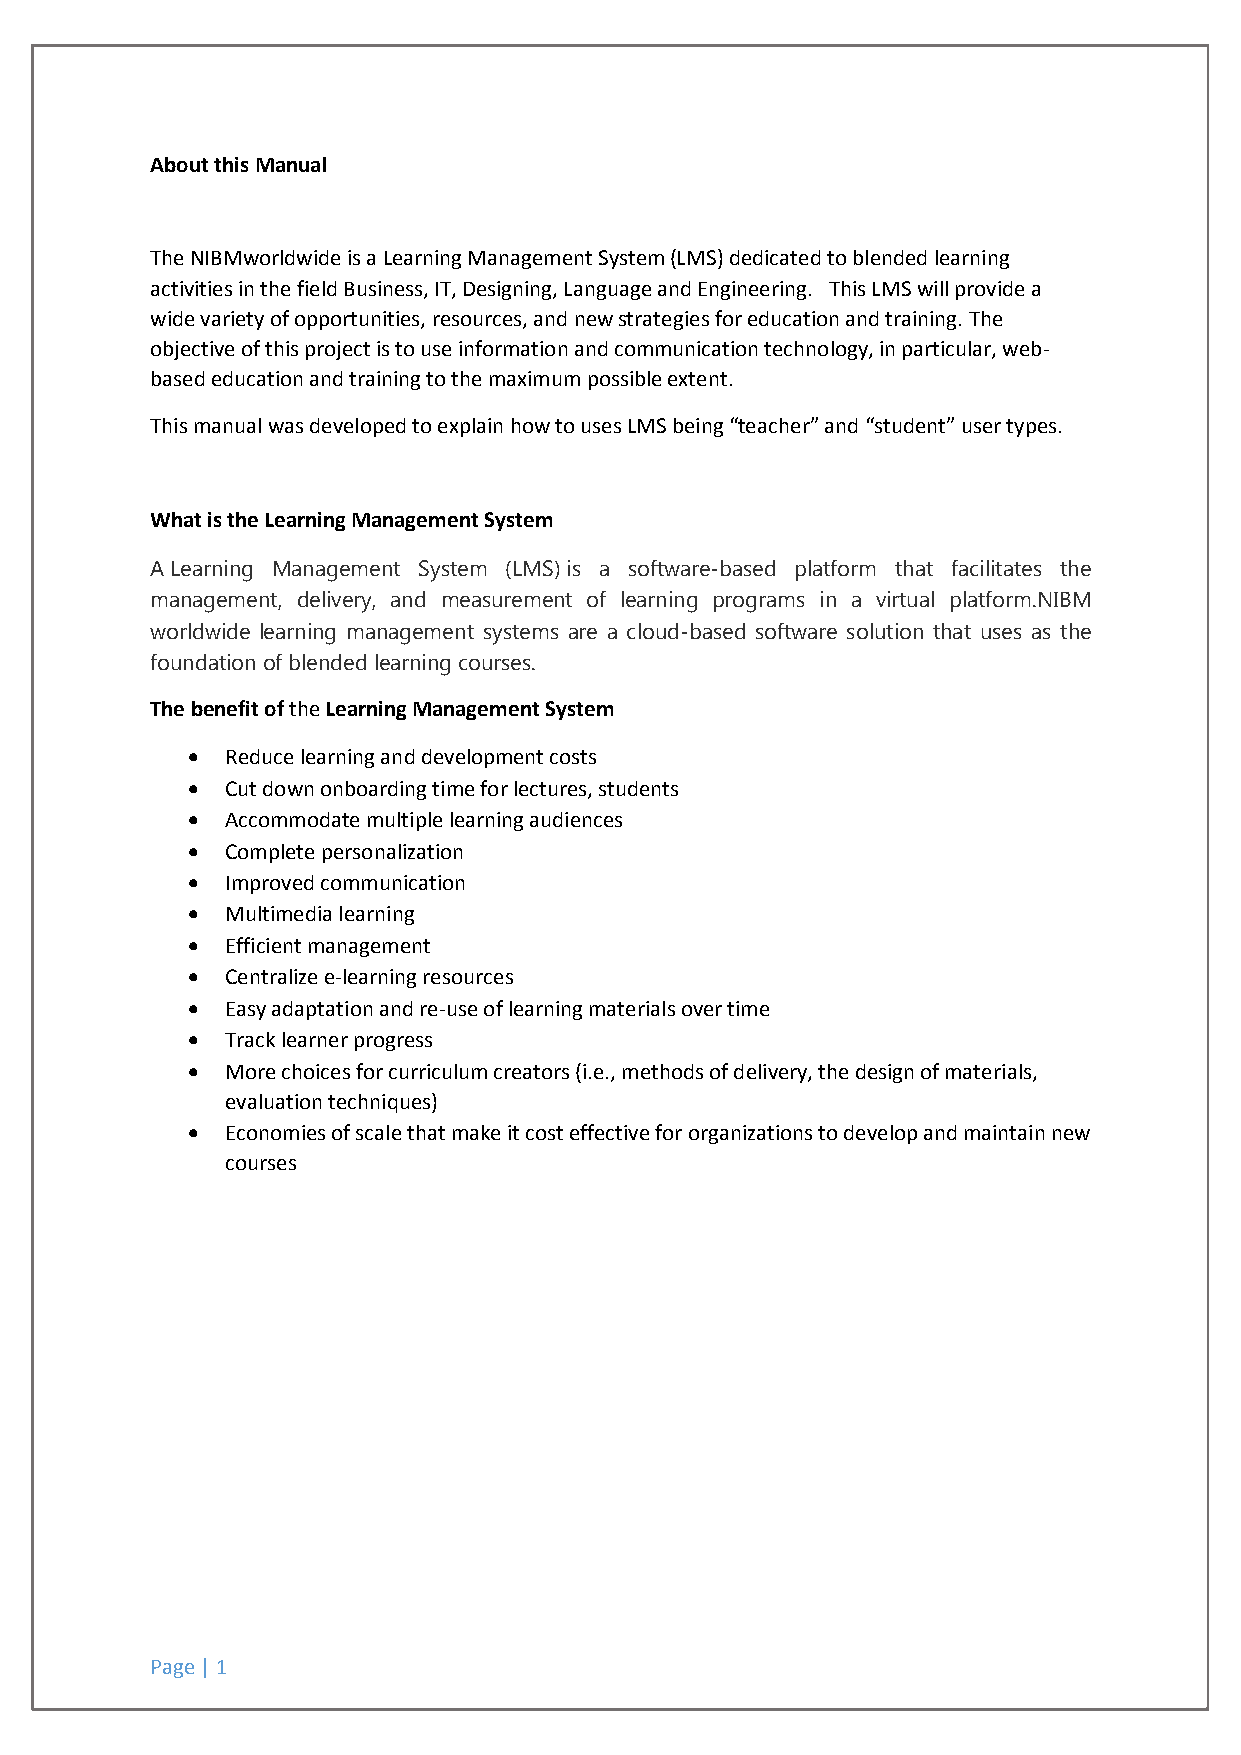
About this Manual
 The NIBMworldwide is a Learning Management System (LMS) dedicated to blended learning
 activities in the field Business, IT, Designing, Language and Engineering. This LMS will provide a
 wide variety of opportunities, resources, and new strategies for education and training. The
 objective of this project is to use information and communication technology, in particular, web-
 based education and training to the maximum possible extent.
 This manual was developed to explain how to uses LMS being “teacher” and “student” user types.
 What is the Learning Management System
 A Learning Management System (LMS) is a software-based platform that facilitates the
 management, delivery, and measurement of learning programs in a virtual platform.NIBM
 worldwide learning management systems are a cloud-based software solution that uses as the
 foundation of blended learning courses.
 The benefit of the Learning Management System
   Reduce learning and development costs
   Cut down onboarding time for lectures, students
   Accommodate multiple learning audiences
   Complete personalization
   Improved communication
   Multimedia learning
   Efficient management
   Centralize e-learning resources
   Easy adaptation and re-use of learning materials over time
   Track learner progress
   More choices for curriculum creators (i.e., methods of delivery, the design of materials,
 evaluation techniques)
   Economies of scale that make it cost effective for organizations to develop and maintain new
 courses
 Page | 1